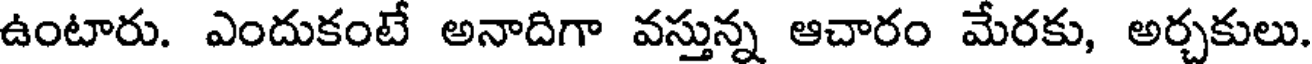
ఉంటారు. ఎందుకంటే అనాదిగా వస్తున్న ఆచారం మేరకు, అర్చకులు.